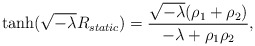
\begin{align*}\tanh(\sqrt{-\lambda}R_{static}) = \frac{\sqrt{-\lambda}(\rho_1+\rho_2)}{-\lambda+\rho_1\rho_2}, \end{align*}